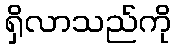
ရှိလာသည်ကို